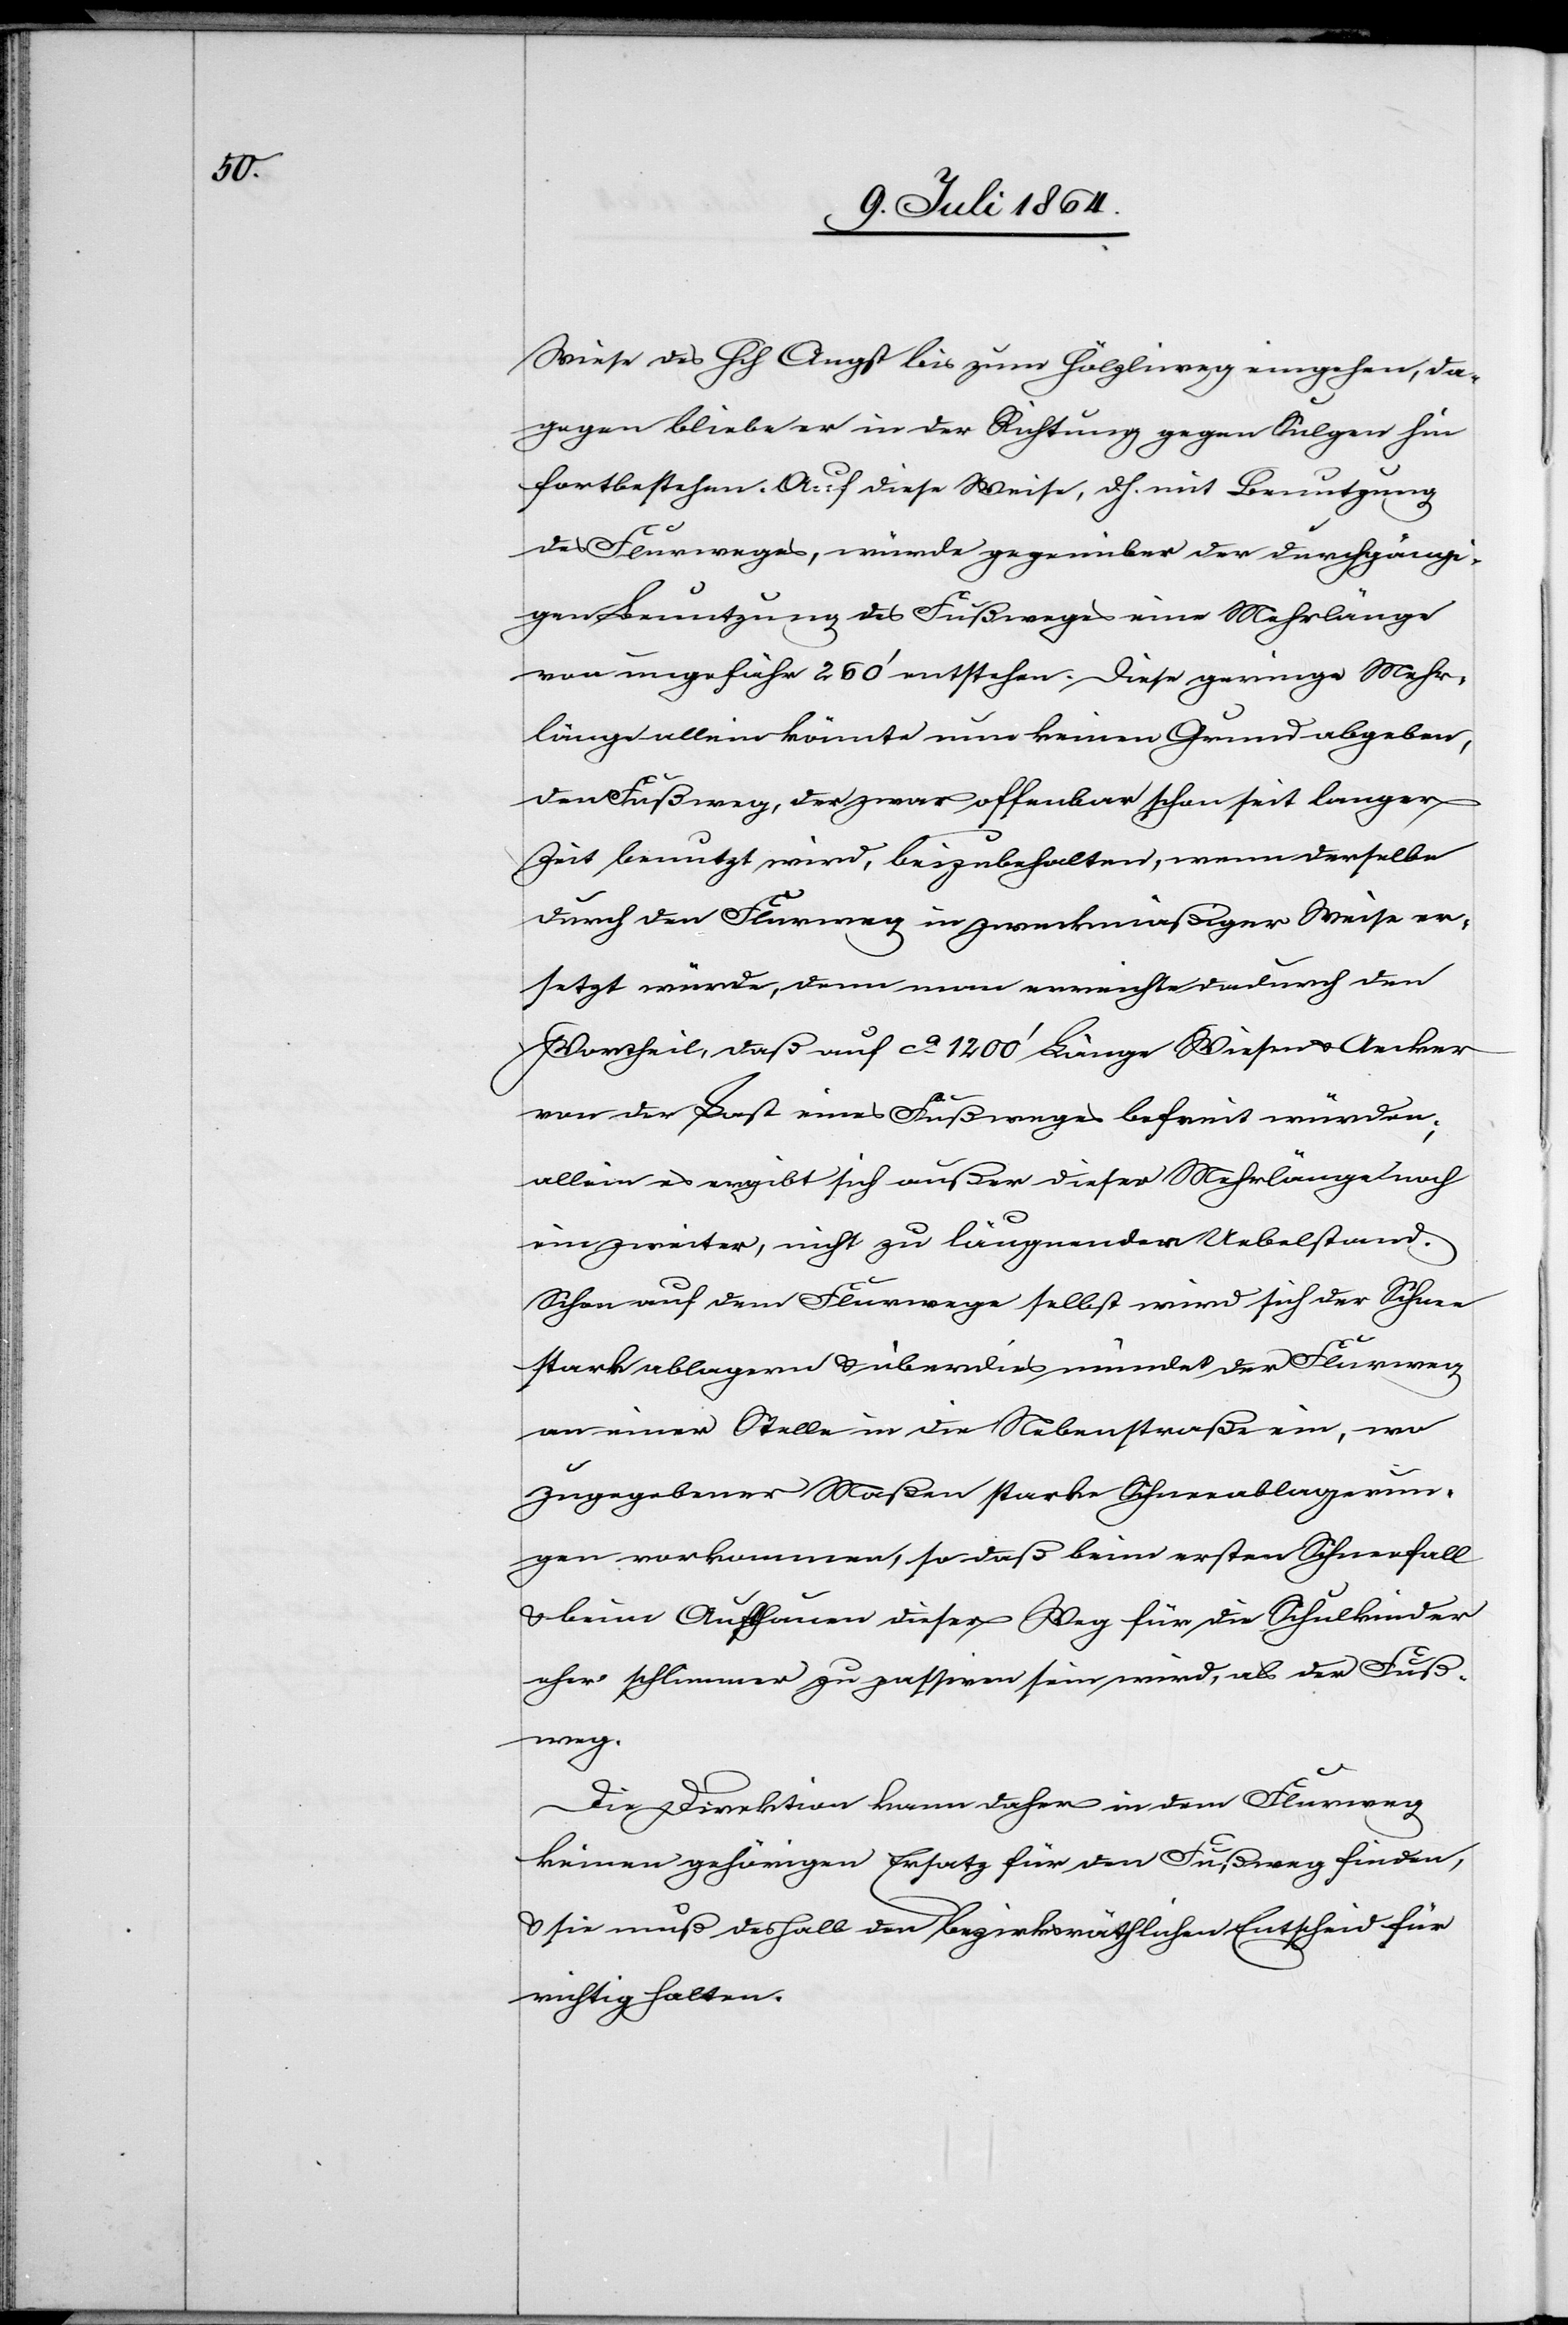
Wiese des Hch Angst bis zum Hölzliweg eingehen, da¬
gegen bleibe er in der Richtung gegen Sulgen hin
fortbestehen. Auf diese Weise, d. h. mit Benutzung
des Flurweges, würde gegenüber der durchgängi¬
gen Benutzung des Fußweges eine Mehrlänge
von ungefähr 250’ entstehen. Diese geringe Mehr¬
länge allein könnte nun keinen Grund abgeben,
den Fußweg, der zwar offenbar schon seit langer
Zeit benutzt wird, beizubehalten, wenn derselbe
durch den Flurweg in zweckmäßiger Weise er¬
setzt würde, denn man erreichte dadurch den
Vortheil, daß auf ca 1200’ Länge Wiesen u. Aecker
von der Last eines Fußweges befreit würden;
allein es ergibt sich außer dieser Mehrlänge noch
ein zweiter, nicht zu läugnender Uebelstand.
Schon auf dem Flurwege selbst wird sich der Schnee
weg.
stark ablagern u. überdies mündet der Flurweg
an einer Stelle in die Nebenstraße ein, wo
zugegebener Maßen starke Schneeablagerun¬
gen vorkommen, so daß beim ersten Schneefall
u. beim Aufthauen dieser Weg für die Schulkinder
eher schlimmer zu passiren sein wird, als der Fuß¬
Die Direktion kann daher in dem Flurweg
keinen gehörigen Ersatz für den Fußweg finden,
u. sie muß deshalb den bezirksräthlichen Entscheid für
richtig halten.